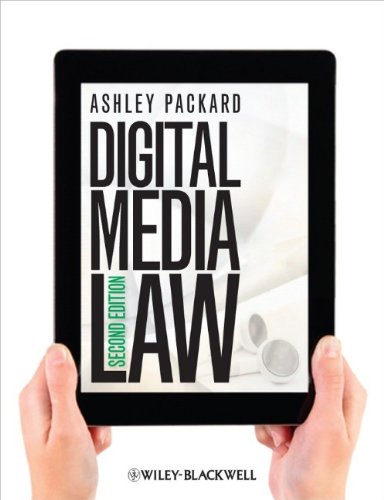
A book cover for Digital Media Law; Ashley Packard; Law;